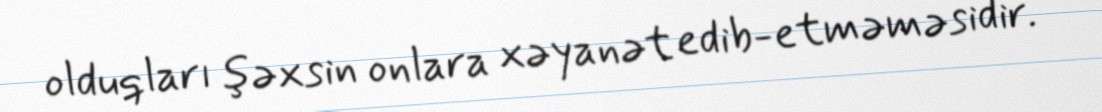
olduqları şəxsin onlara xəyanət edib-etməməsidir.